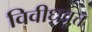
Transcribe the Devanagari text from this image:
विवीधवृत्त